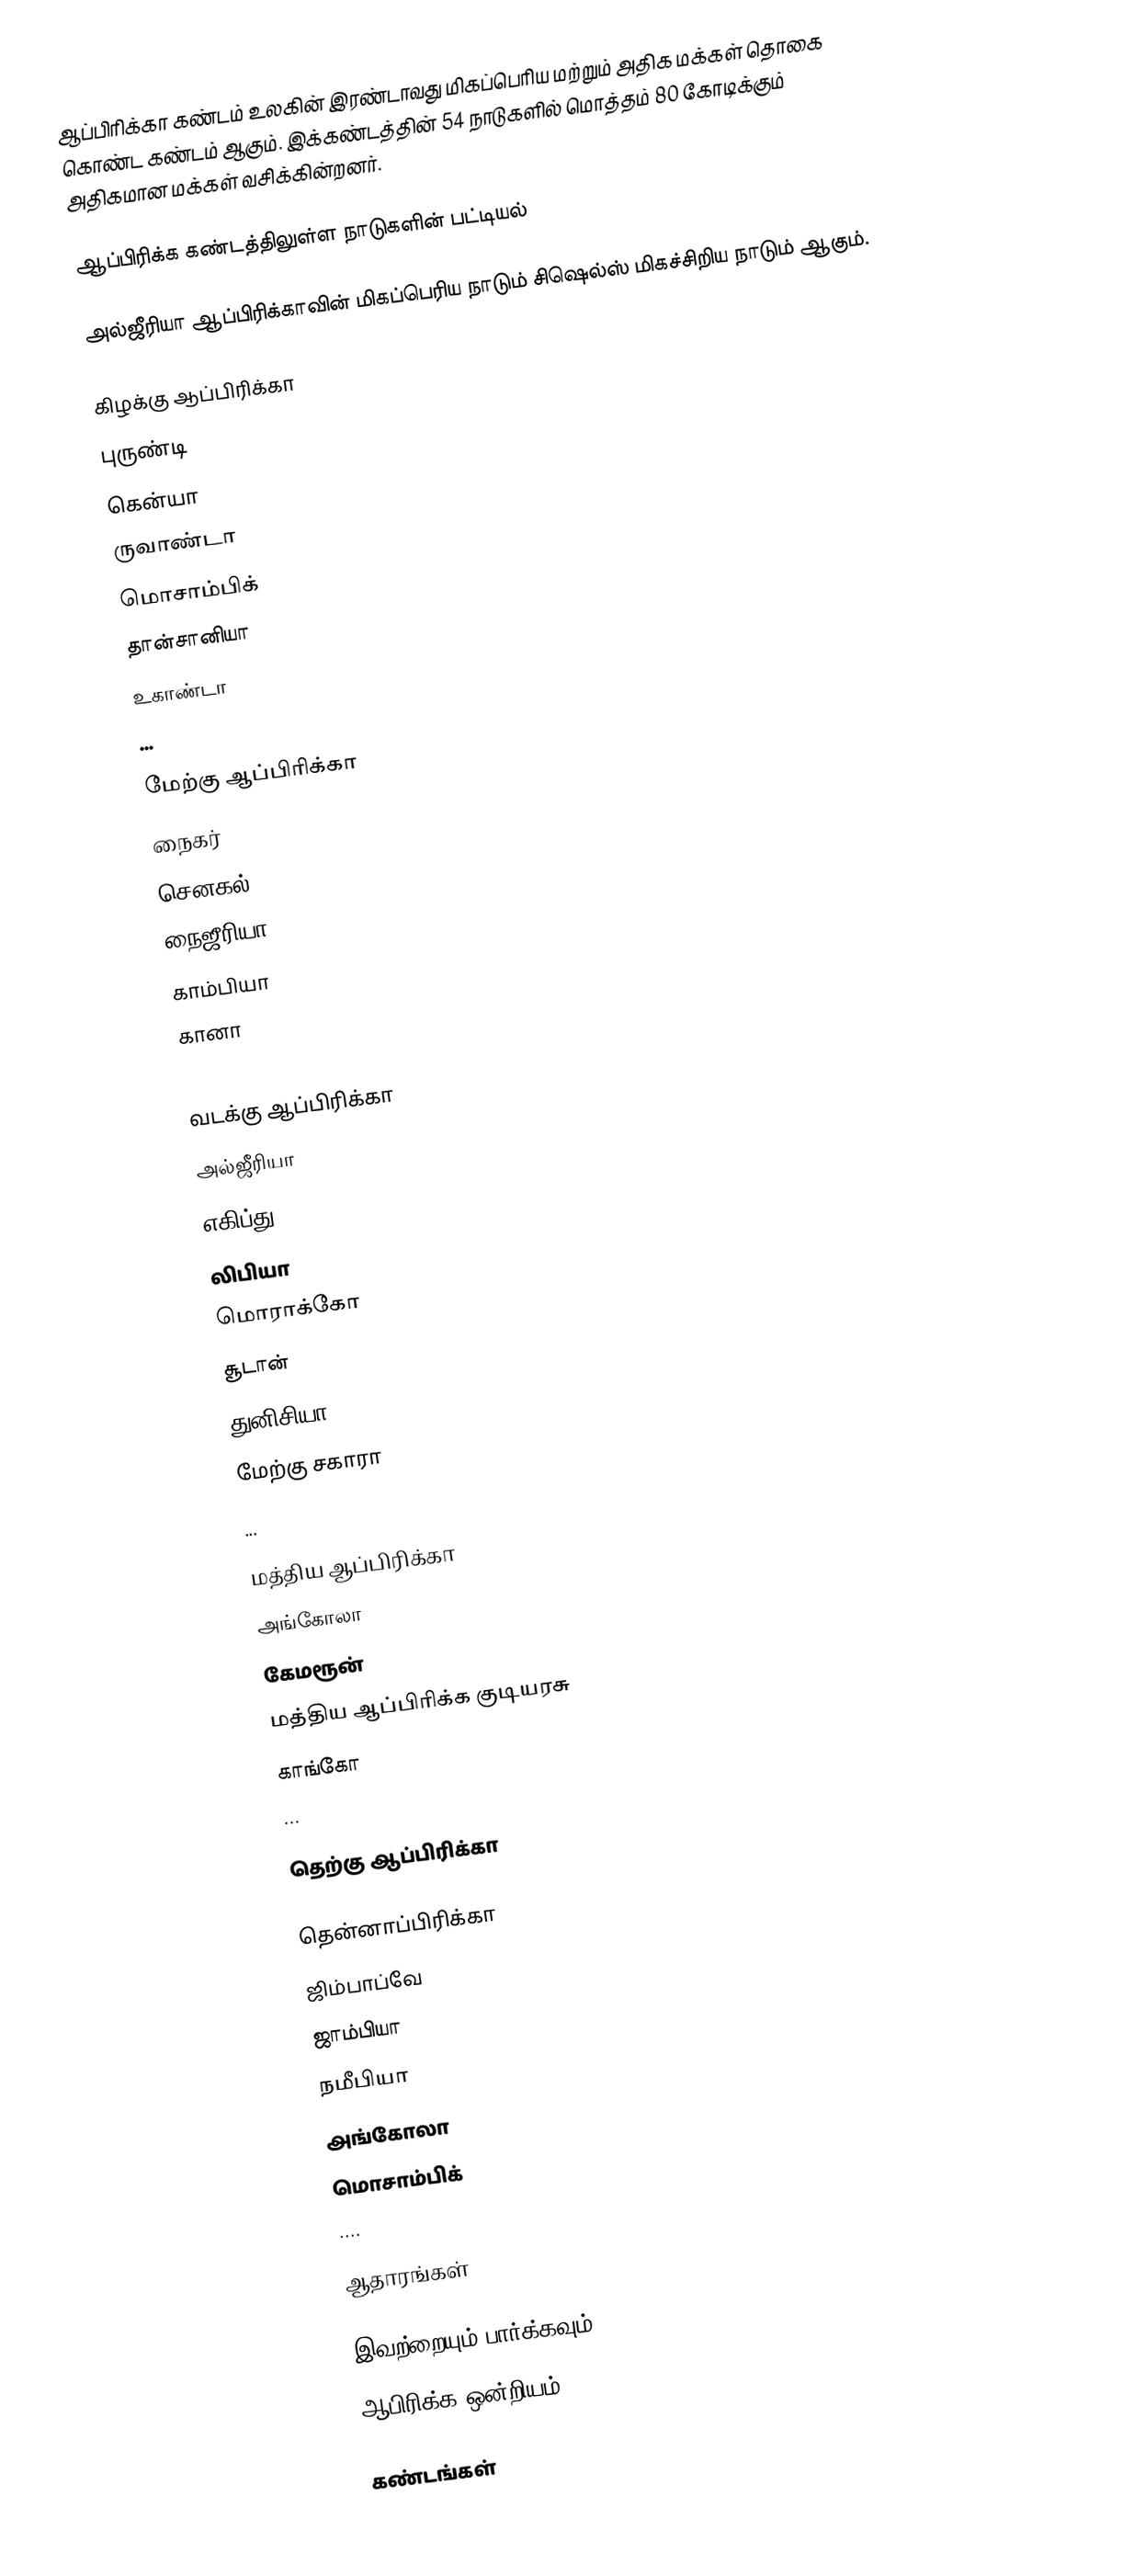
ஆப்பிரிக்கா கண்டம் உலகின் இரண்டாவது மிகப்பெரிய மற்றும் அதிக மக்கள் தொகை கொண்ட கண்டம் ஆகும். இக்கண்டத்தின் 54 நாடுகளில் மொத்தம் 80 கோடிக்கும் அதிகமான மக்கள் வசிக்கின்றனர்.

ஆப்பிரிக்க கண்டத்திலுள்ள நாடுகளின் பட்டியல்

அல்ஜீரியா ஆப்பிரிக்காவின் மிகப்பெரிய நாடும் சிஷெல்ஸ் மிகச்சிறிய நாடும் ஆகும்.

கிழக்கு ஆப்பிரிக்கா
 புருண்டி
 கென்யா
 ருவாண்டா
 மொசாம்பிக்
 தான்சானியா
 உகாண்டா
...

மேற்கு ஆப்பிரிக்கா
 நைகர்
 செனகல்
 நைஜீரியா
 காம்பியா
 கானா
...

வடக்கு ஆப்பிரிக்கா
 அல்ஜீரியா
 எகிப்து
 லிபியா
 மொராக்கோ
 சூடான்
 துனிசியா
 மேற்கு சகாரா
...

மத்திய ஆப்பிரிக்கா
 அங்கோலா
 கேமரூன்
 மத்திய ஆப்பிரிக்க குடியரசு
 காங்கோ
...

தெற்கு ஆப்பிரிக்கா

 தென்னாப்பிரிக்கா
 ஜிம்பாப்வே
 ஜாம்பியா
 நமீபியா
 அங்கோலா
 மொசாம்பிக்
....

ஆதாரங்கள்

இவற்றையும் பார்க்கவும்
 ஆபிரிக்க ஒன்றியம்

கண்டங்கள்